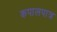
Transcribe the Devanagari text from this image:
कपालपात्र